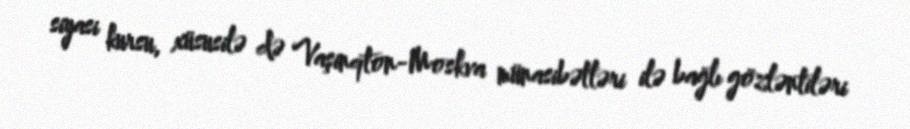
siyasi kursu, xüsusilə də Vaşinqton-Moskva münasibətləri ilə bağlı gözləntiləri